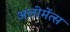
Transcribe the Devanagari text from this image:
अलीमेंत्स